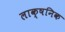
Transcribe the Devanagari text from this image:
लाक्षनिक